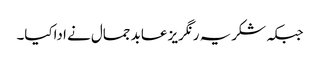
جبکہ شکریہ رنگریز عابد جمال نے اداکیا۔